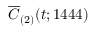
\overline { { C } } _ { ( 2 ) } ( t ; 1 4 4 4 )